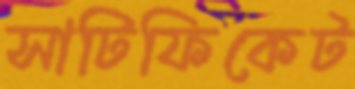
সাটিফিকেট